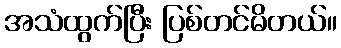
အသံထွက်ပြီး ပြစ်တင်မိတယ်။